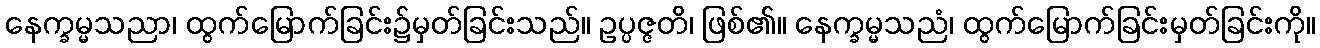
နေက္ခမ္မသညာ၊ ထွက်မြောက်ခြင်း၌မှတ်ခြင်းသည်။ ဥပ္ပဇ္ဇတိ၊ ဖြစ်၏။ နေက္ခမ္မသညံ၊ ထွက်မြောက်ခြင်းမှတ်ခြင်းကို။